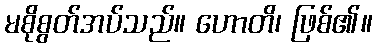
မစိုစွတ်အပ်သည်။ ဟောတိ၊ ဖြစ်၏။